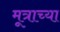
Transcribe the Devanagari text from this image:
मूत्राच्या